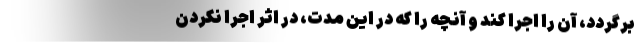
برگردد، آن را اجرا کند و آنچه را که در این مدت، در اثر اجرا نکردن